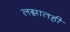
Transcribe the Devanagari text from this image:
लग्नातही